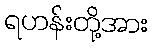
ရဟန်းတို့အား